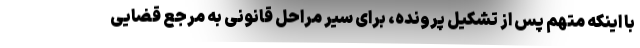
با اینکه متهم پس از تشکیل پرونده، برای سیر مراحل قانونی به مرجع قضایی